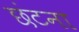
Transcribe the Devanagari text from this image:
छंटना